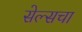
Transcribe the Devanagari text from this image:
सेल्सचा